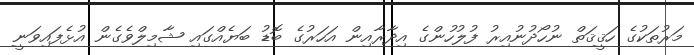
މަރުތަކުގެ ހަޤީޤަތް ނުހޯދުނުއިރު ފުލުހުންގެ އިދާރާއިން އަހަރުގެ ބޮޑު ބަޔެއްގައި ޝާމިލްވެގެން އުޅެފައިވަނީ